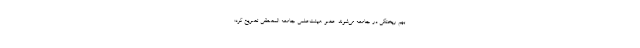
بهم ریختگی در جامعه می‌شوند. عضو هیئت‌علمی جامعه المصطفی تصریح کرد: